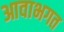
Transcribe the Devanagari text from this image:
आवाभगत